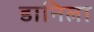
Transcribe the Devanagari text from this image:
डानिला